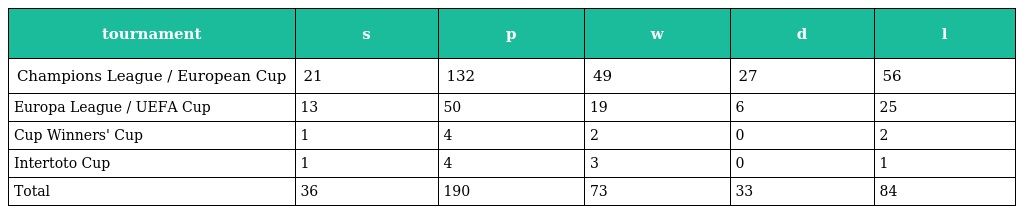
| tournament | s | p | w | d | l |
 | --- | --- | --- | --- | --- | --- |
 | Champions League / European Cup | 21 | 132 | 49 | 27 | 56 |
 | Europa League / UEFA Cup | 13 | 50 | 19 | 6 | 25 |
 | Cup Winners' Cup | 1 | 4 | 2 | 0 | 2 |
 | Intertoto Cup | 1 | 4 | 3 | 0 | 1 |
 | Total | 36 | 190 | 73 | 33 | 84 |